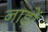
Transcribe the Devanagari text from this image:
नाड़ों